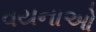
વયનાઓ